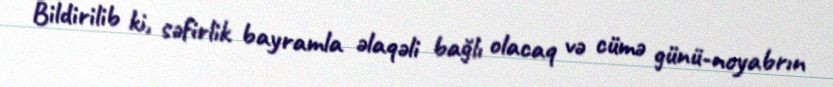
Bildirilib ki, səfirlik bayramla əlaqəli bağlı olacaq və cümə günü-noyabrın